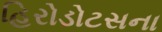
હિરોડોટસના